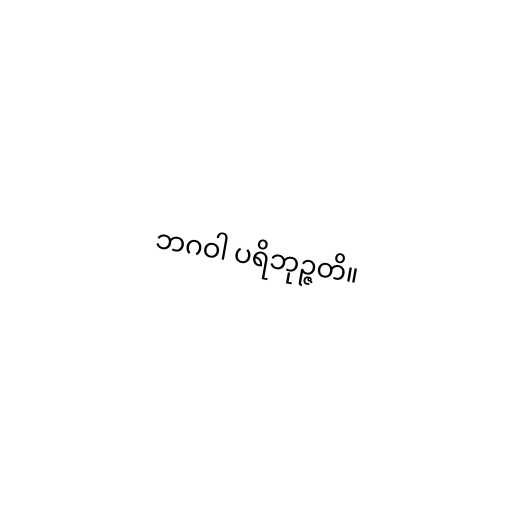
ဘဂဝါ ပရိဘုဉ္ဇတိ။